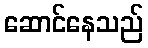
ဆောင်နေသည်